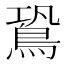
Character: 𪀛